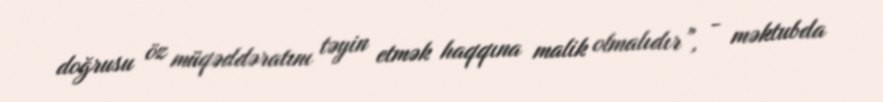
doğrusu öz müqəddəratını təyin etmək haqqına malik olmalıdır”, - məktubda